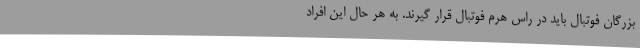
بزرگان فوتبال باید در راس هرم فوتبال قرار گیرند. به هر حال این افراد